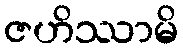
ဇဟိဿာမိ